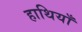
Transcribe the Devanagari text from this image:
हाथियाँ